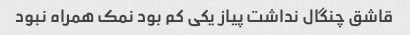
قاشق چنگال نداشت پیاز یکی کم بود نمک همراه نبود